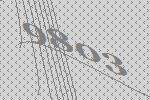
9803